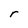
Character: r